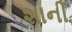
શાની